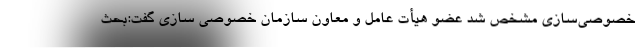
خصوصی‌سازی مشخص شد عضو هیأت عامل و معاون سازمان خصوصی سازی گفت:بحث